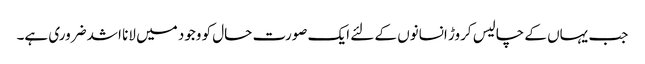
جب یہاں کے چالیس کروڑ انسانوں کے لئے ایک صورت حال کو وجود میں لانا اشد ضروری ہے۔